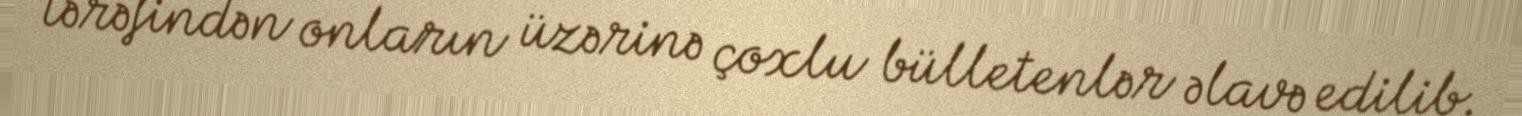
tərəfindən onların üzərinə çoxlu bülletenlər əlavə edilib.